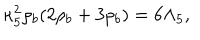
\kappa _ { 5 } ^ { 2 } \rho _ { b } ( 2 \rho _ { b } + 3 p _ { b } ) = 6 \Lambda _ { 5 } ,